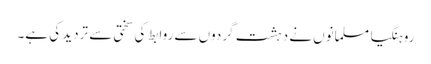
روہنگیا مسلمانوں نے دہشت گردوں سے روابط کی سختی سے تردید کی ہے۔